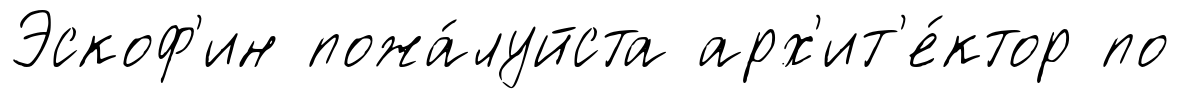
Эскоф'ин пожа́луйста арх'ит'е́ктор по